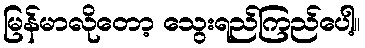
မြန်မာလိုတော့ သွေးရည်ကြည်ပေါ့။